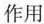
作用